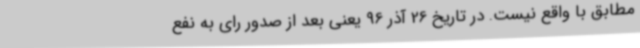
مطابق با واقع نیست. در تاریخ 26 آذر 96 یعنی بعد از صدور رای به نفع